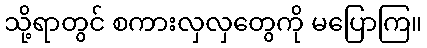
သို့ရာတွင် စကားလှလှတွေကို မပြောကြ။